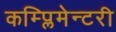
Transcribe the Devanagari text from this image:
कम्प्लिमेन्टरी